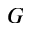
G